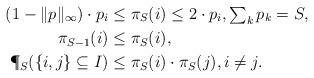
LaTeX: \begin{align*}(1-\|p\|_\infty) \cdot p_i &\leq \pi_S(i) \leq 2 \cdot p_i, \textstyle{\sum_{k}} \,p_k = S, \\ \pi_{S-1}(i) &\leq \pi_S(i), \\ \P_S( \{i,j\}\subseteq I) &\leq \pi_S(i) \cdot \pi_S(j), i \neq j . \end{align*}